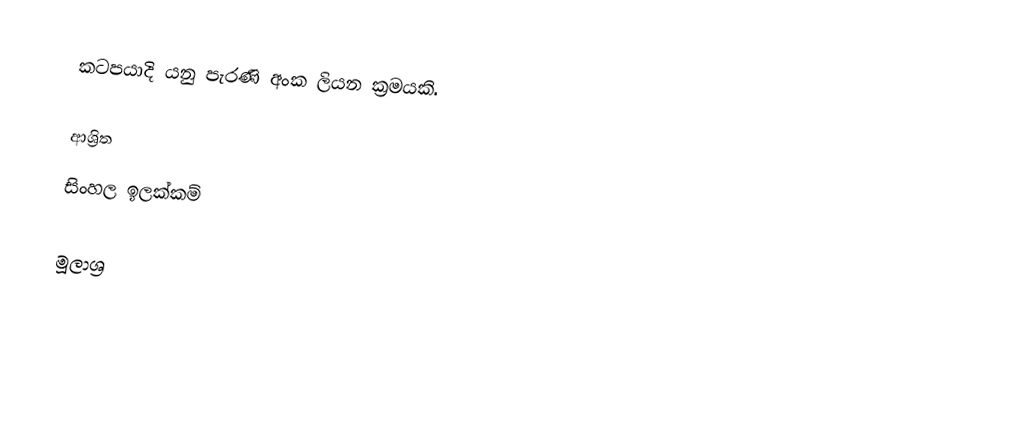
කටපයාදි යනු පැරණි අංක ලියන ක්‍රමයකි.

ආශ්‍රිත
 සිංහල ඉලක්කම්

මූලාශ්‍ර